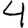
Digit: 4